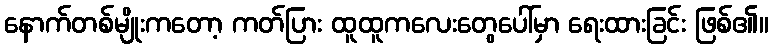
နောက်တစ်မျိုးကတော့ ကတ်ပြား ထူထူကလေးတွေပေါ်မှာ ရေးထားခြင်း ဖြစ်၏။